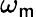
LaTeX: \omega_{\mathsf{m}}